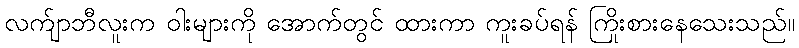
လက်ျာဘီလူးက ဝါးများကို အောက်တွင် ထားကာ ကူးခပ်ရန် ကြိုးစားနေသေးသည်။